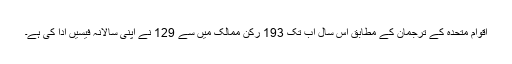
اقوام متحدہ کے ترجمان کے مطابق اس سال اب تک 193 رکن ممالک میں سے 129 نے اپنی سالانہ فیسیں ادا کی ہے۔